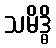
သမိဒ္ဓိ